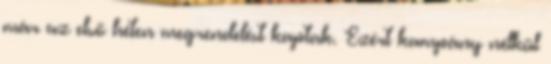
már az első héten megrendelést kaptak. Ezért kampány nélkül